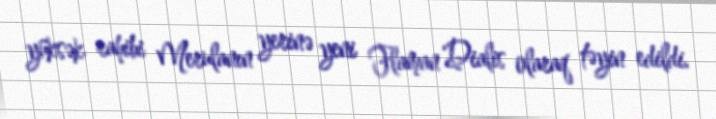
yüksək rahibi Merulanın yerinə yeni Flaman Dialis olaraq təyin edildi.